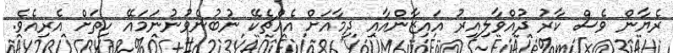
ރެޔާން ވެސް ކާރު ދުއްވާލިއިރު އައިޒާންއާއި ދިމާއަށް އެއްޗެކޭ ނުބުނެވުނުނަމައޭ ހިތަށް އެރިއެވެ.